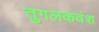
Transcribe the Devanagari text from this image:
तुगलकवंश